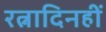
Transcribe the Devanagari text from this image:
रत्नादिनहीं